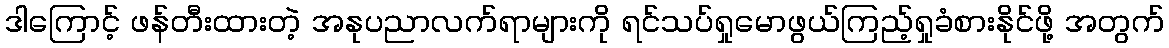
ဒါကြောင့် ဖန်တီးထားတဲ့ အနုပညာလက်ရာများကို ရင်သပ်ရှုမောဖွယ်ကြည့်ရှုခံစားနိုင်ဖို့ အတွက်